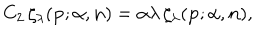
C _ { 2 } \, \zeta _ { \lambda } ( { \bf p } ; { \alpha } , { \bf n } ) = { \alpha } { \lambda } \, \zeta _ { \lambda } ( { \bf p } ; { \alpha } , { \bf n } ) ,